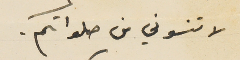
لا تنسوني من صلواتكم.